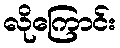
လိုကြောင်း